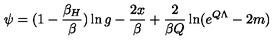
\psi = ( 1 - { \frac { \beta _ { H } } { \beta } } ) \ln g - { \frac { 2 x } { \beta } } + { \frac { 2 } { \beta Q } } \ln ( e ^ { Q \Lambda } - 2 m )